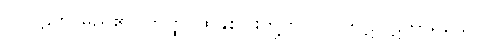
ဝပြာဋိဟာမည်၏။ တတ္ထ၊ ထိုနှစ်ပါးတို့တွင်။ ပါကဋပါဋိဟာရိယေ၊